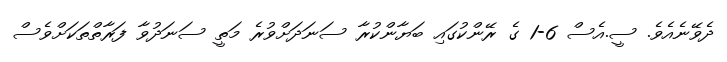
ދެވޭނެއެވެ. ސީ.އެސް 6-1 ގެ ރޭންކުގައި ބަޔާންކުރާ ސަނަދަށްވުރެ މަތީ ސަނަދުވާ ފަރާތްތަކަށްވެސް